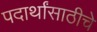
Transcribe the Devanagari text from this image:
पदार्थांसाठीचे